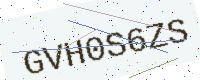
Text: GVH0S6ZS